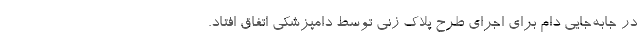
در جابه‌جایی دام برای اجرای طرح پلاک زنی توسط دامپزشکی اتفاق افتاد.